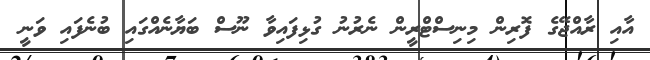
އާއި ރާއްޖޭގެ ފޮރިން މިނިސްޓްރީން ނެރުނު ގުޅިފައިވާ ނޫސް ބަޔާނެއްގައި ބުނެފައި ވަނީ